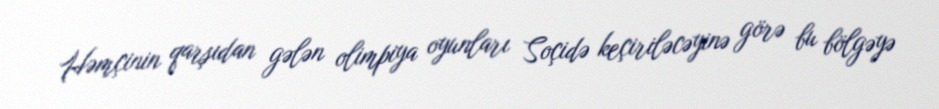
Həmçinin qarşıdan gələn olimpiya oyunları Soçidə keçiriləcəyinə görə bu bölgəyə